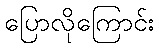
ပြောလိုကြောင်း